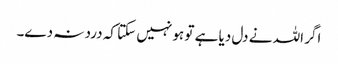
اگر اللہ نے دل دیا ہے تو ہو نہیں سکتا کہ درد نہ دے۔